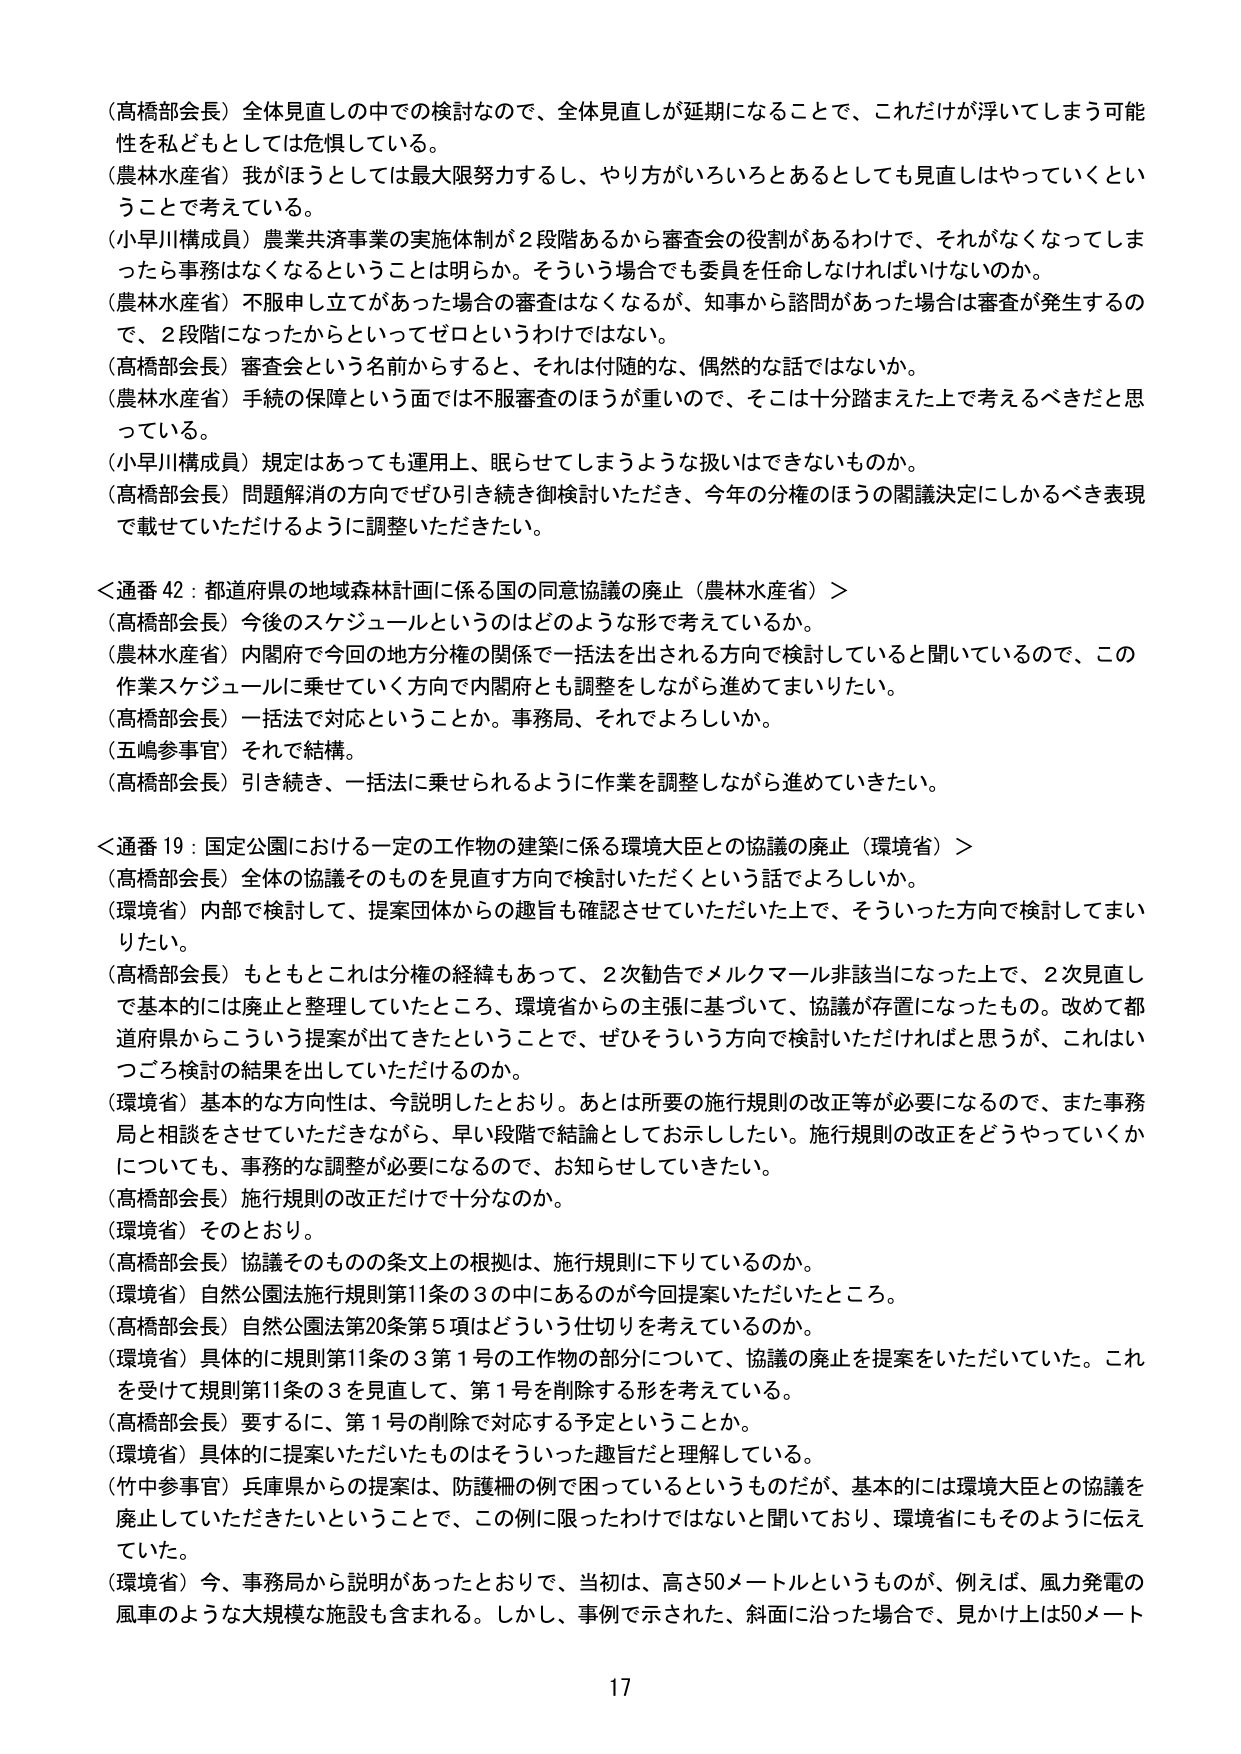
（高橋部会長）全体見直しの中での検討なので、全体見直しが延期になることで、これだけが浮いてしまう可能性を私どもとしては危惧している。

（農林水産省）我がほうとしては最大限努力するし、やり方がいろいろとあるとしても見直しはやっていくということで考えている。

（小早川構成員）農業共済事業の実施体制が２段階あるから審査会の役割があるわけで、それがなくなってしまったら事務はなくなるということは明らか。そういう場合でも委員を任命しなければいけないのか。

（農林水産省）不服申し立てがあった場合の審査はなくなるが、知事から諮問があった場合は審査が発生するので、２段階になったからといってゼロというわけではない。

（高橋部会長）審査会という名前からすると、それは付随的な、偶然的な話ではないか。

（農林水産省）手続の保障という面では不服審査のほうが重いので、そこは十分踏まえた上で考えるべきだと思っている。

（小早川構成員）規定はあっても運用上、眠らせてしまうような扱いはできないものか。

（高橋部会長）問題解消の方向でぜひ引き続き御検討いただき、今年の分権のほうの閣議決定にしかるべき表現で載せていただけるように調整いただきたい。

＜通番 42：都道府県の地域森林計画に係る国の同意協議の廃止（農林水産省）＞

（高橋部会長）今後のスケジュールというのはどのような形で考えているか。

（農林水産省）内閣府で今回の地方分権の関係で一括法を出される方向で検討していると聞いているので、この作業スケジュールに乗せていく方向で内閣府とも調整をしながら進めてまいりたい。

（高橋部会長）一括法で対応ということか。事務局、それでよろしいか。

（五嶋参事官）それで結構。

（高橋部会長）引き続き、一括法に乗せられるように作業を調整しながら進めていきたい。

＜通番 19：国定公園における一定の工作物の建築に係る環境大臣との協議の廃止（環境省）＞

（高橋部会長）全体の協議そのものを見直す方向で検討いただくという話でよろしいか。

（環境省）内部で検討して、提案団体からの趣旨も確認させていただいた上で、そういった方向で検討してまいりたい。

（高橋部会長）もともとこれは分権の経緯もあって、２次勧告でメルクマール非該当になった上で、２次見直しで基本的には廃止と整理していたところ、環境省からの主張に基づいて、協議が存置になったもの。改めて都道府県からこういう提案が出てきたということで、ぜひそういう方向で検討いただければと思うが、これはいつごろ検討の結果を出していただけるのか。

（環境省）基本的な方向性は、今説明したとおり。あとは所要の施行規則の改正等が必要になるので、また事務局と相談をさせていただきながら、早い段階で結論としてお示ししたい。施行規則の改正をどうやっていくかについても、事務的な調整が必要になるので、お知らせしていきたい。

（高橋部会長）施行規則の改正だけで十分なのか。

（環境省）そのとおり。

（高橋部会長）協議そのものの条文上の根拠は、施行規則に下りているのか。

（環境省）自然公園法施行規則第11条の３の中にあるのが今回提案いただいたところ。

（高橋部会長）自然公園法第20条第５項はどういう仕切りを考えているのか。

（環境省）具体的に規則第11条の３第１号の工作物の部分について、協議の廃止を提案をいただいていた。これを受けて規則第11条の３を見直して、第１号を削除する形を考えている。

（高橋部会長）要するに、第１号の削除で対応する予定ということか。

（環境省）具体的に提案いただいたものはそういった趣旨だと理解している。

（竹中参事官）兵庫県からの提案は、防護柵の例で困っているというものだが、基本的には環境大臣との協議を廃止していただきたいということで、この例に限ったわけではないと聞いており、環境省にもそのように伝えていた。

（環境省）今、事務局から説明があったとおりで、当初は、高さ50メートルというものが、例えば、風力発電の風車のような大規模な施設も含まれる。しかし、事例で示された、斜面に沿った場合で、見かけ上は50メート

17